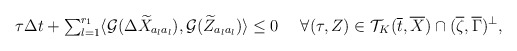
\begin{align*} \tau \Delta t+{\textstyle\sum_{l=1}^{r_1}}\langle \mathcal{G}(\Delta\widetilde{X}_{a_la_l}), \mathcal{G}(\widetilde{Z}_{a_la_l})\rangle\le 0 \quad\ \forall(\tau,Z)\in\mathcal{T}_K(\overline{t},\overline{X})\cap (\overline{\zeta},\overline{\Gamma})^{\perp}, \end{align*}